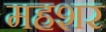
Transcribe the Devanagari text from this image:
महशर